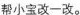
帮小宝改一改。